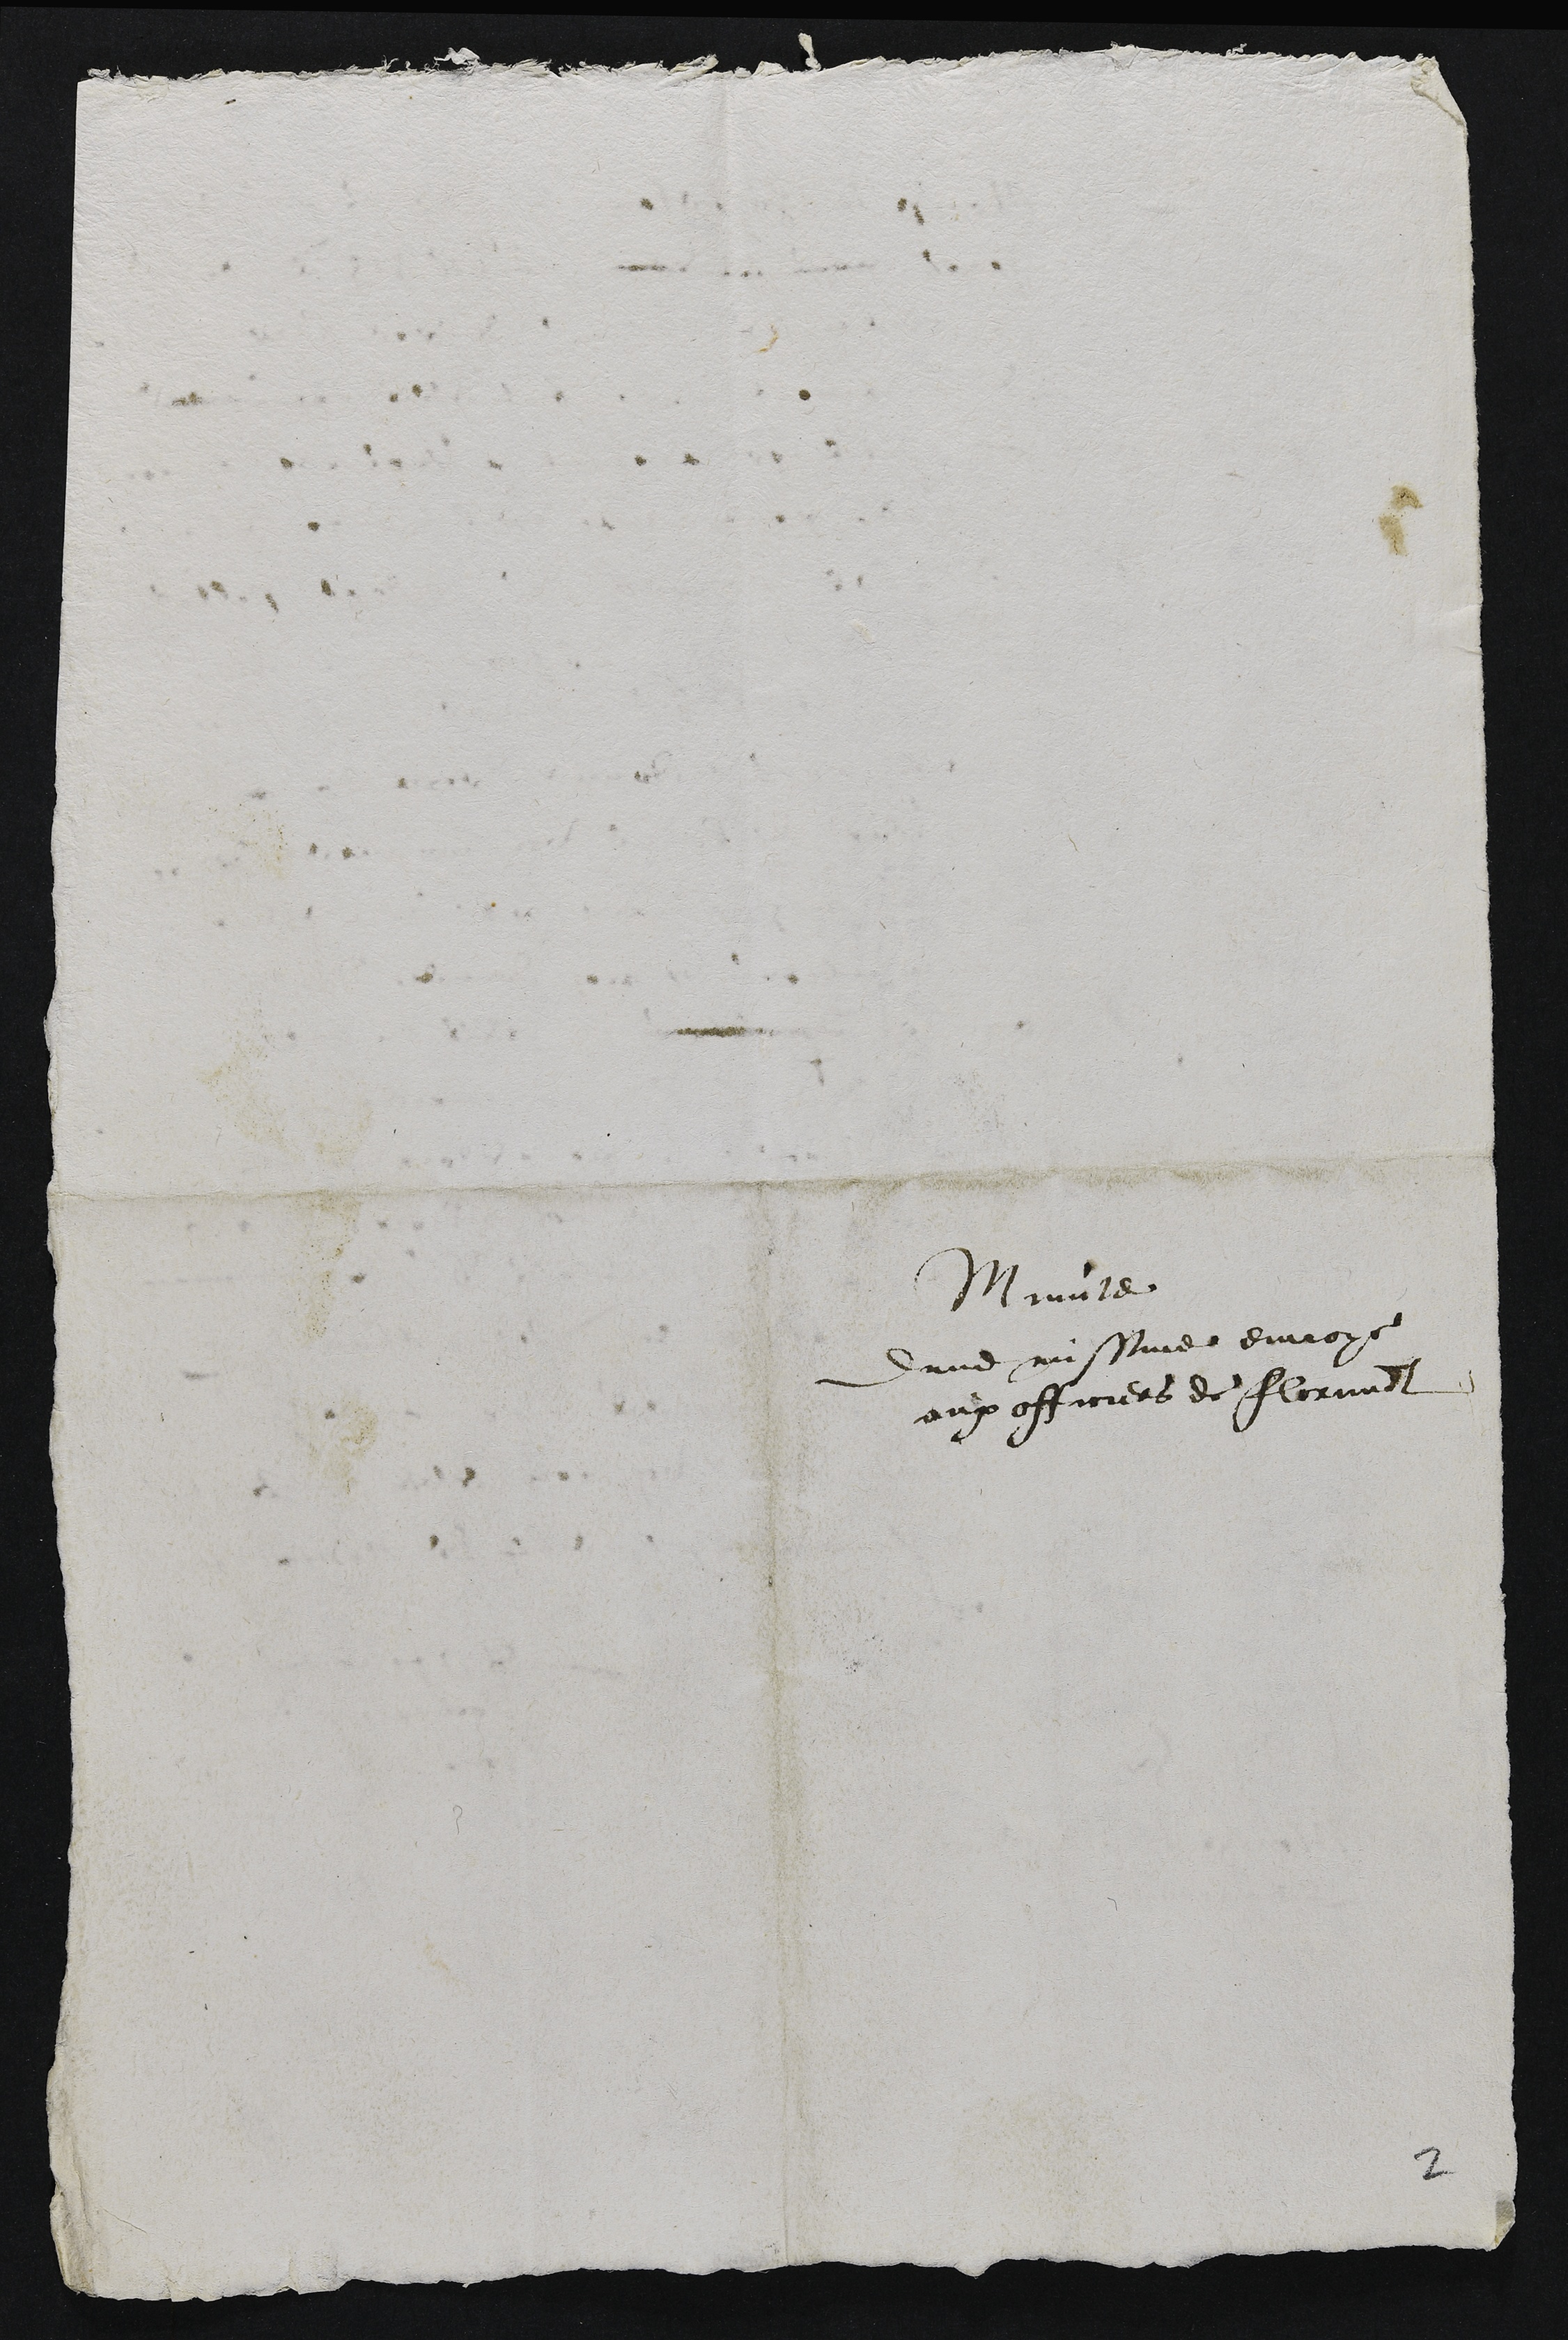
Minute
dune missive envoye
aux officiers de Florimont

2